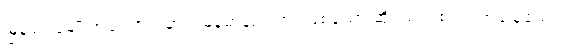
မြန်မာလူမျိုးအကြောင်းမှာပဲ မြန်မာ့နည်းအရဖြစ်သော ဆိုရှယ်လစ်ဝါဒ အခြေခံသည့်